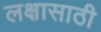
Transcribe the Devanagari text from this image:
लक्षासाठी